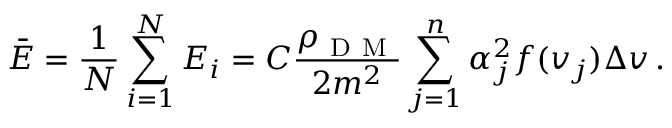
\bar { E } = \frac 1 N \sum _ { i = 1 } ^ { N } E _ { i } = C \frac { \rho _ { \mathrm { ~ D ~ M ~ } } } { 2 m ^ { 2 } } \sum _ { j = 1 } ^ { n } \alpha _ { j } ^ { 2 } f ( v _ { j } ) \Delta v \, .